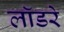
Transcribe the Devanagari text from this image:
लॉडरे